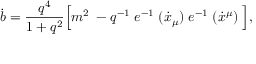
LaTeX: \dot { b } = \frac { q ^ { 4 } } { 1 + q ^ { 2 } } \Bigl [ m ^ { 2 } \; - q ^ { - 1 } \; e ^ { - 1 } \; ( \dot { x } _ { \mu } ) \; e ^ { - 1 } \; ( \dot { x } ^ { \mu } ) \; \Bigr ] ,